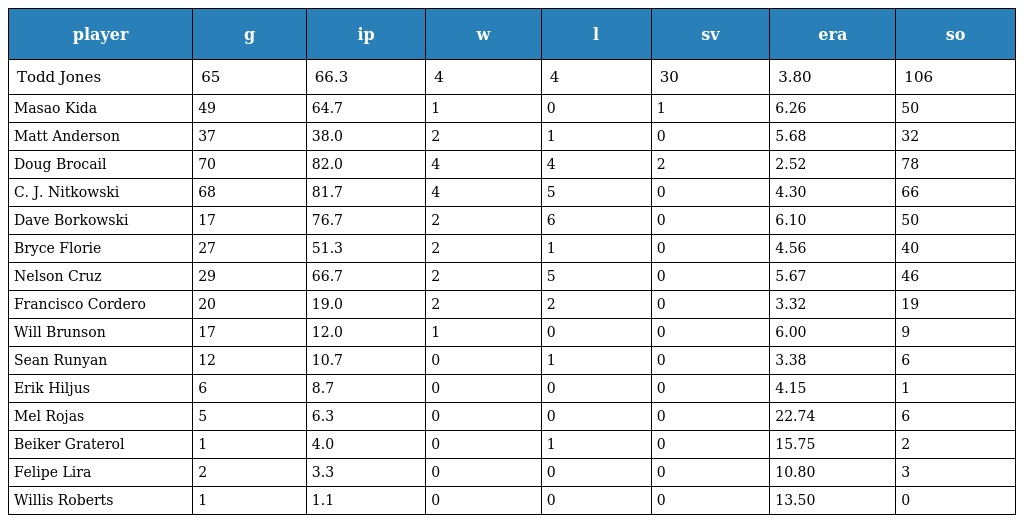
| player | g | ip | w | l | sv | era | so |
 | --- | --- | --- | --- | --- | --- | --- | --- |
 | Todd Jones | 65 | 66.3 | 4 | 4 | 30 | 3.80 | 106 |
 | Masao Kida | 49 | 64.7 | 1 | 0 | 1 | 6.26 | 50 |
 | Matt Anderson | 37 | 38.0 | 2 | 1 | 0 | 5.68 | 32 |
 | Doug Brocail | 70 | 82.0 | 4 | 4 | 2 | 2.52 | 78 |
 | C. J. Nitkowski | 68 | 81.7 | 4 | 5 | 0 | 4.30 | 66 |
 | Dave Borkowski | 17 | 76.7 | 2 | 6 | 0 | 6.10 | 50 |
 | Bryce Florie | 27 | 51.3 | 2 | 1 | 0 | 4.56 | 40 |
 | Nelson Cruz | 29 | 66.7 | 2 | 5 | 0 | 5.67 | 46 |
 | Francisco Cordero | 20 | 19.0 | 2 | 2 | 0 | 3.32 | 19 |
 | Will Brunson | 17 | 12.0 | 1 | 0 | 0 | 6.00 | 9 |
 | Sean Runyan | 12 | 10.7 | 0 | 1 | 0 | 3.38 | 6 |
 | Erik Hiljus | 6 | 8.7 | 0 | 0 | 0 | 4.15 | 1 |
 | Mel Rojas | 5 | 6.3 | 0 | 0 | 0 | 22.74 | 6 |
 | Beiker Graterol | 1 | 4.0 | 0 | 1 | 0 | 15.75 | 2 |
 | Felipe Lira | 2 | 3.3 | 0 | 0 | 0 | 10.80 | 3 |
 | Willis Roberts | 1 | 1.1 | 0 | 0 | 0 | 13.50 | 0 |